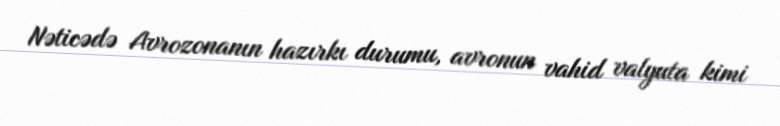
Nəticədə Avrozonanın hazırkı durumu, avronun vahid valyuta kimi